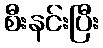
စီးနင်းပြီး